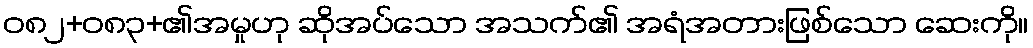
ဝ၈၂+၀၈၃+၏အမှုဟု ဆိုအပ်သော အသက်၏ အရံအတားဖြစ်သော ဆေးကို။